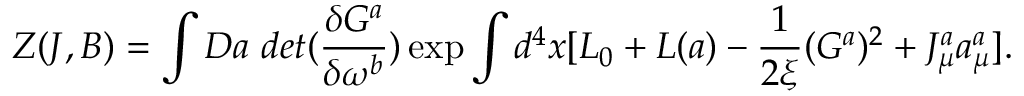
Z ( J , B ) = \int D a ~ d e t ( \frac { \delta G ^ { a } } { \delta \omega ^ { b } } ) \exp \int d ^ { 4 } x [ L _ { 0 } + L ( a ) - \frac { 1 } { 2 \xi } ( G ^ { a } ) ^ { 2 } + J _ { \mu } ^ { a } a _ { \mu } ^ { a } ] .